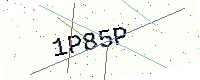
Text: 1P85P